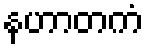
နဟာတကံ